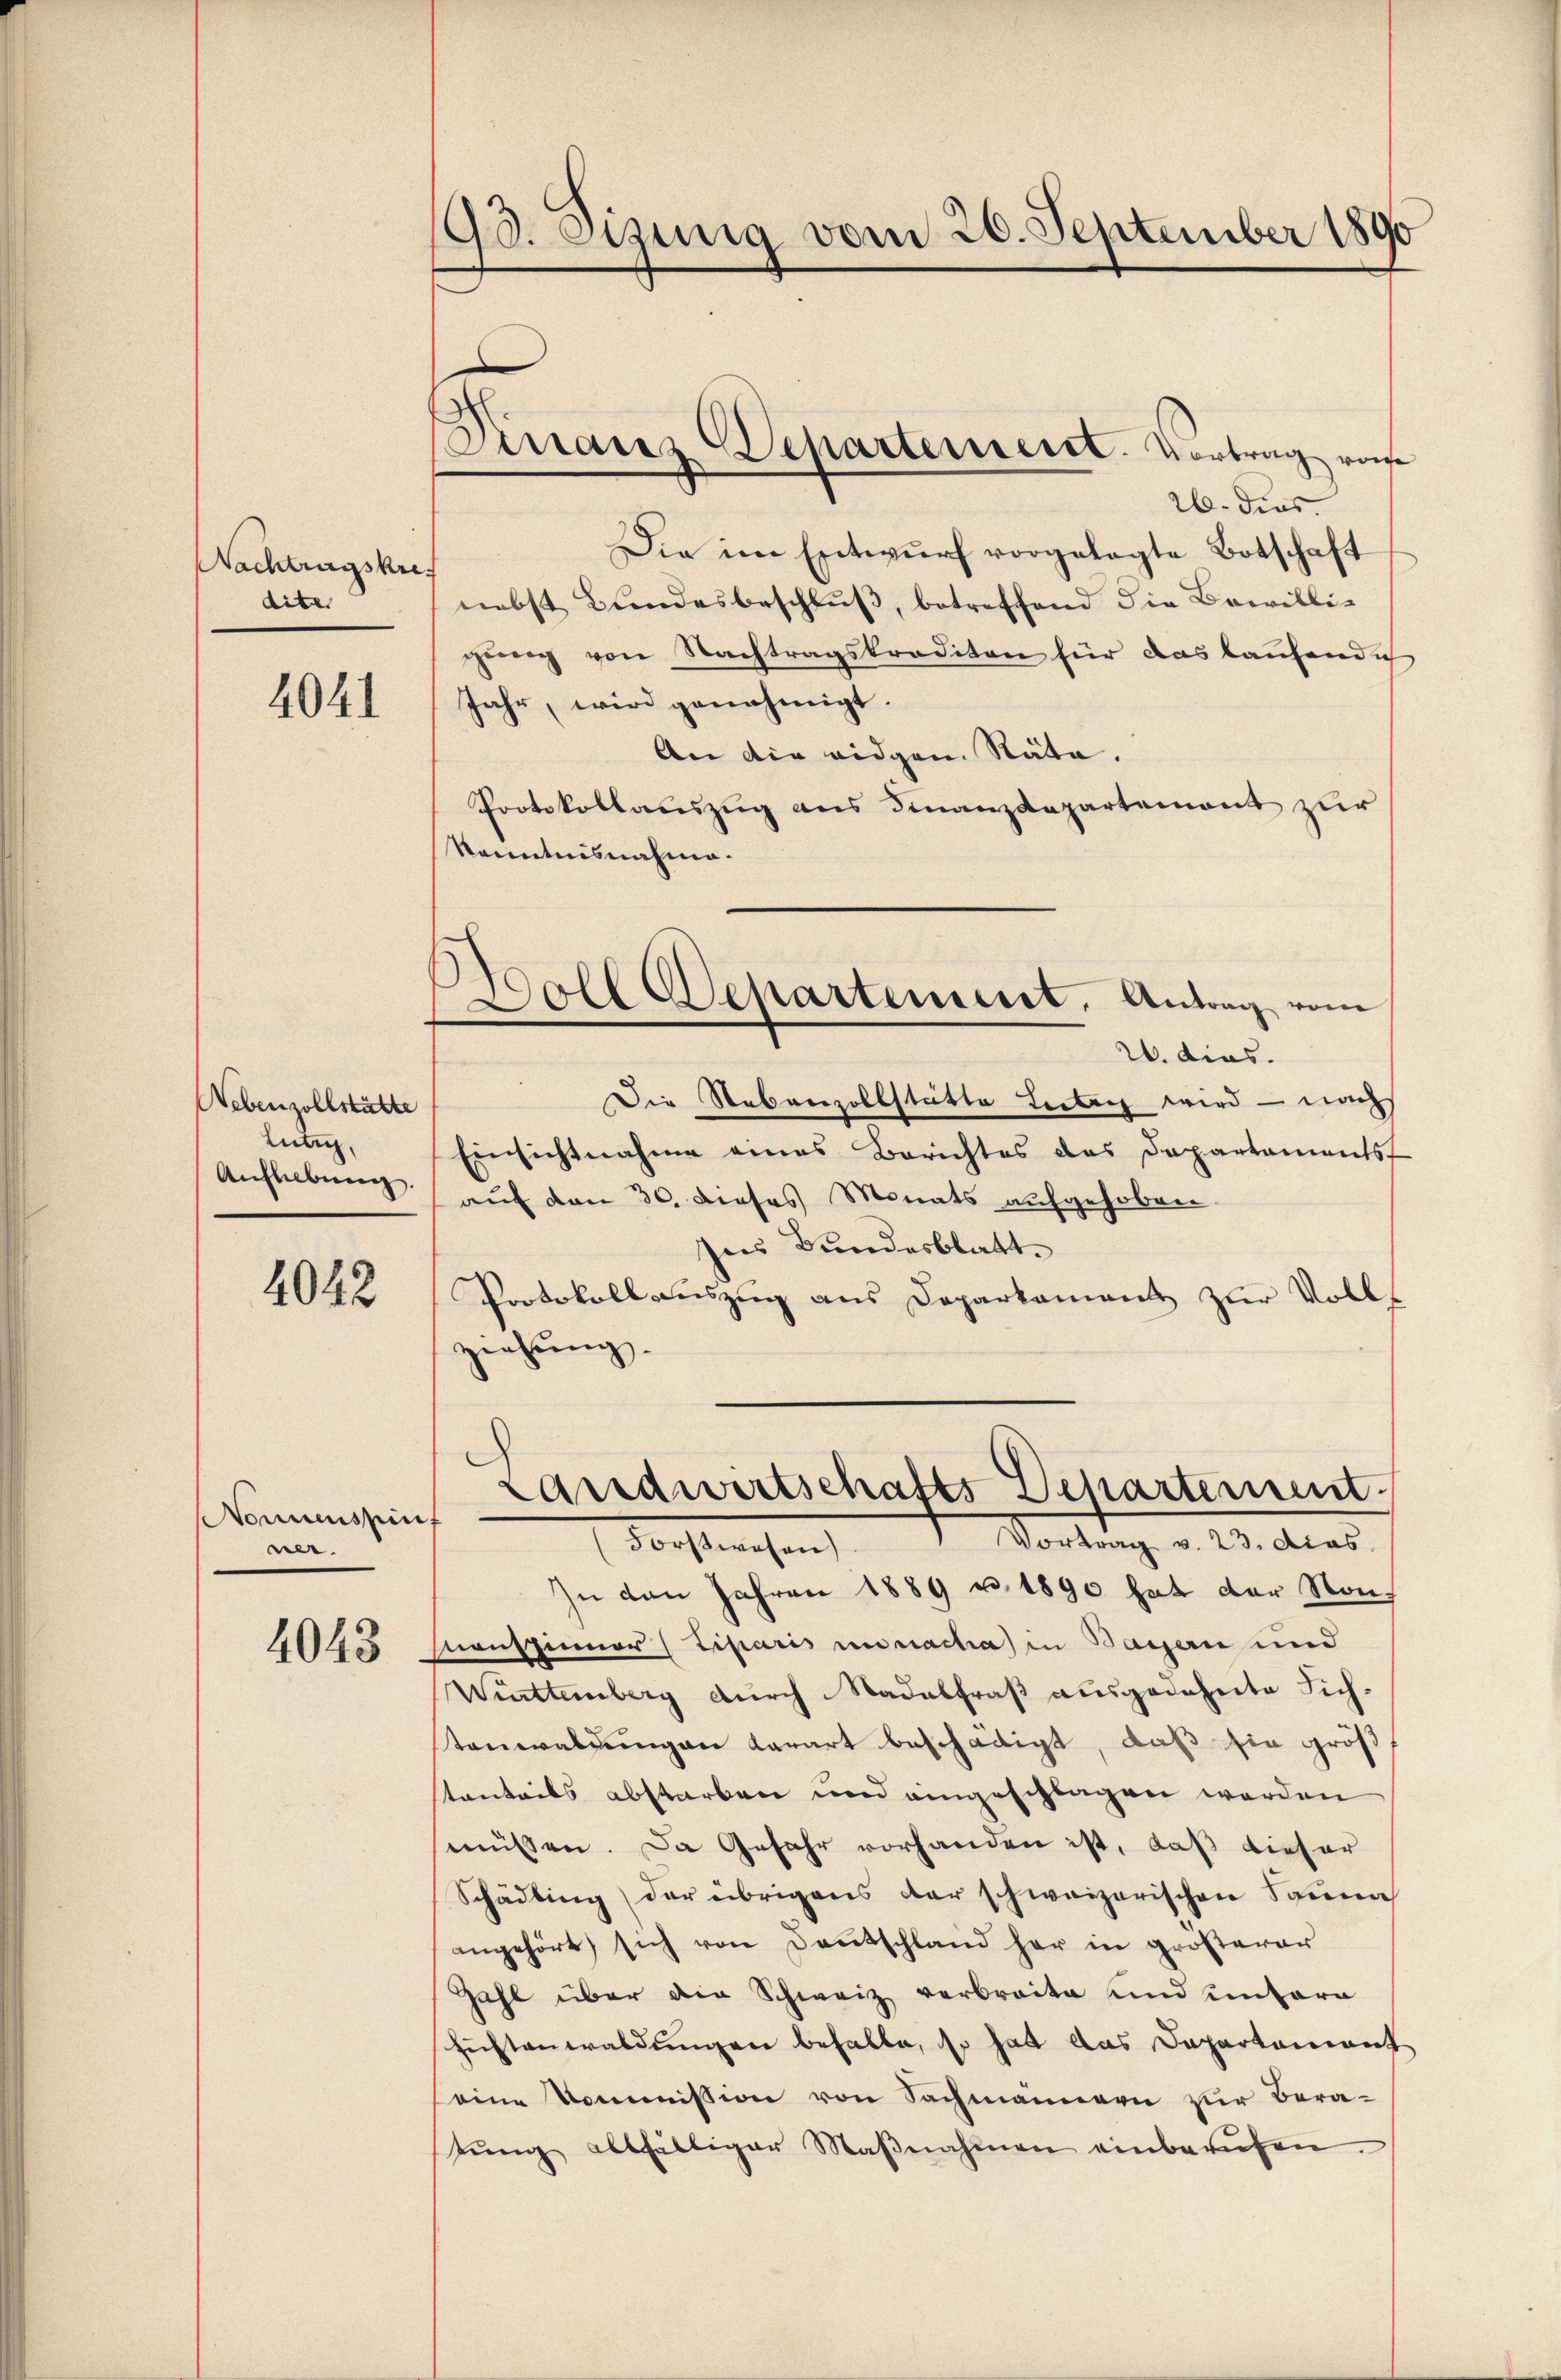
Nachtragskres
dite

4041

Lebenzollstätte
Lütig,

4042

Nonnenspin
ner.

4043

190. Sizung vom 20. September 1890

26. dies
Die im Entwurf vorgelegte Botschaft
nebst Bundesbeschlŭβ, betreffend die Bewilligŭng von Nachtragskrediton für das laufend ich
Jahr, wird genehmigt.
An die eidgen. Räte.
Protokollauszug aus Finanzdepartement zur
kanntnisnahme.

Finanz-Departement. Vortrag vom

Die Nebenzollstätte Leiben wird – nach
Einsichtnahme eines Berichtes das Departementst
Aŭfhebung auf den 30. dieses Monats aufgehoben.
Ins Bundesblatt.
Protokollauszug aus Deparkament zur Volls
ziehung.

Doll Separtement. Antrag vom
W. dies.

Landwirtschafts Departement
Vortrag v. 23. dies
Vorsterchen

In den Jahren 1889 u. 1890 hat der Sonnenspinner (Liparis in nachah in Bassen und
Württemberg durch Madalfraß ausgedehnte Sichtenwaltungen Karart beschädigt, daß sie größ
stanteils abstarben und eingeschlagen werden
müssen. Da Gefahr vorhanden ist, daß dieser
Schädling der übrigens der schweizerischen Sonna
angehört sich von Deutschland her in größerer
Zahl über die Schweiz verbreite und untern
hichtenwaldungen behalte, so hat das Departement
seine kommission von Sachmannern zur Beratŭng allfälliger Maβnahmen einbarŭfen